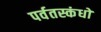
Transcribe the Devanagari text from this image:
पर्वतस्कंधों